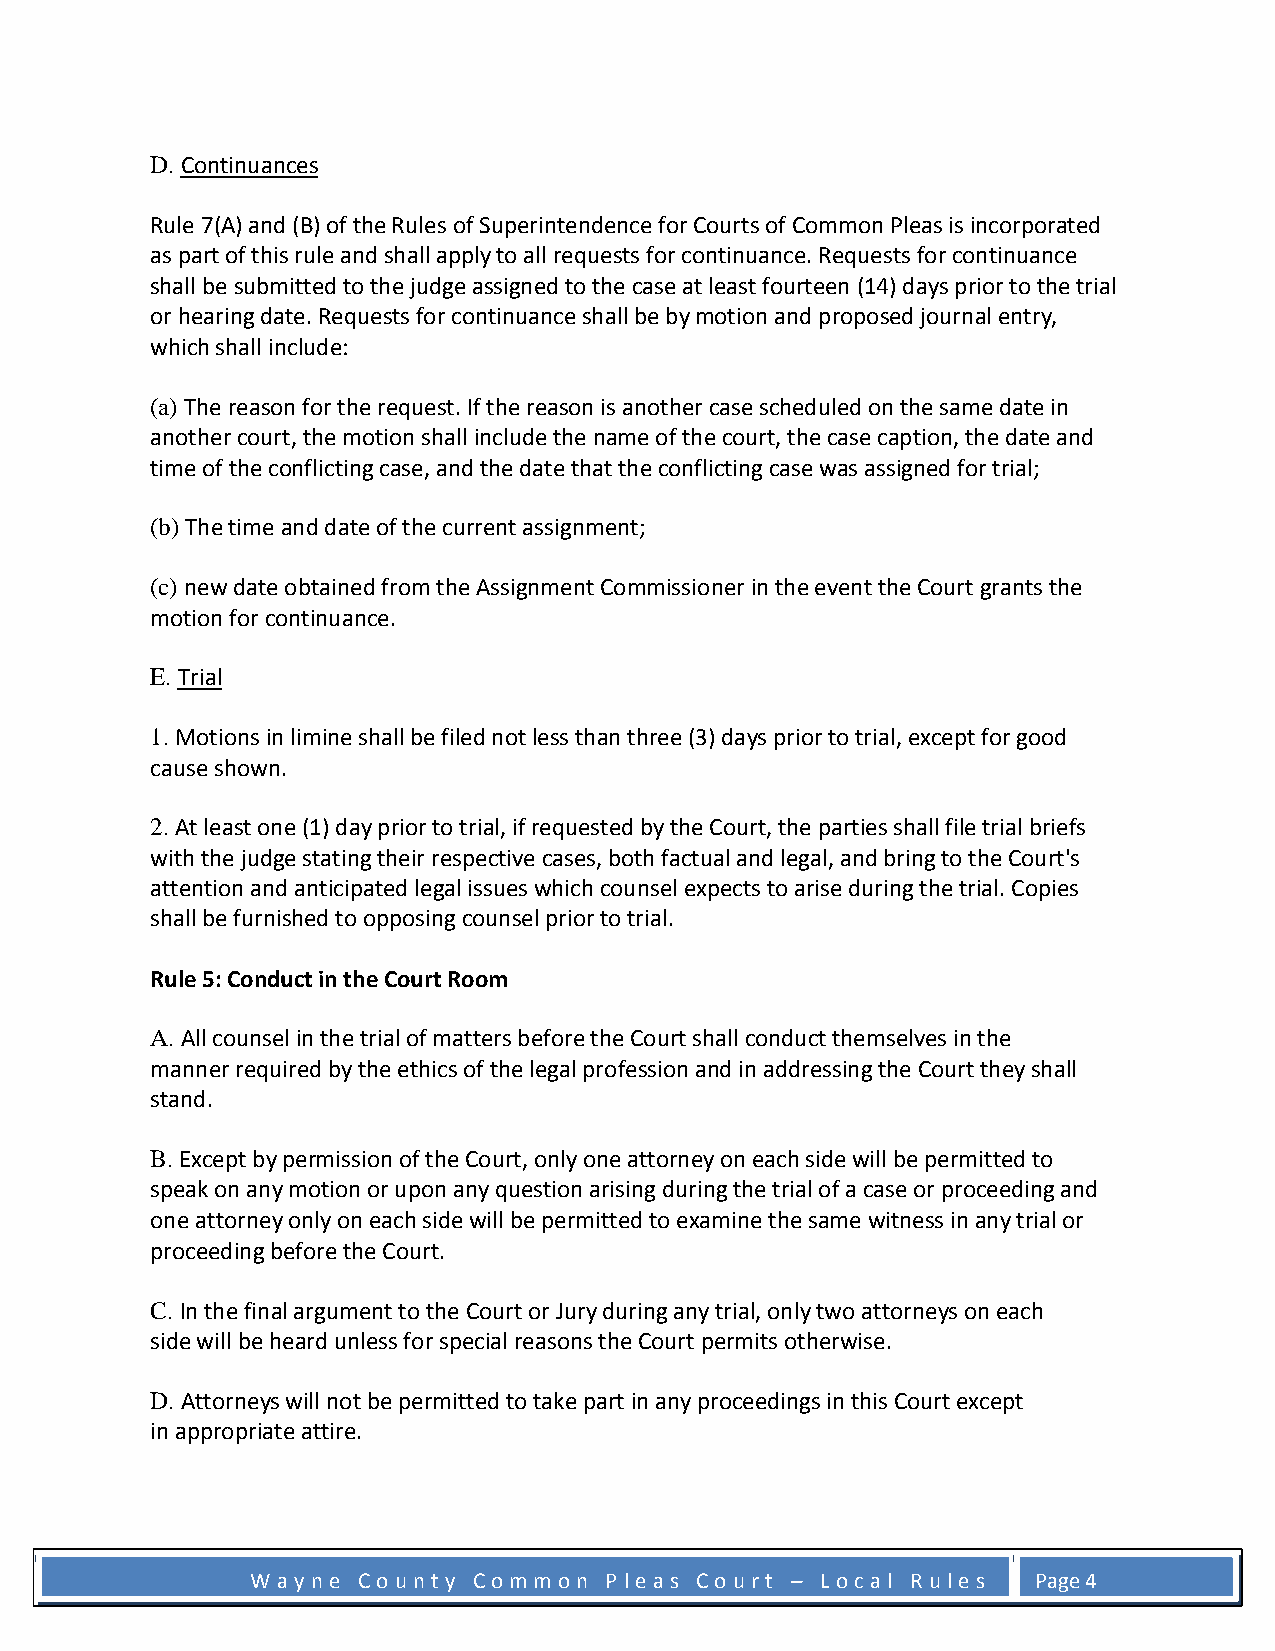
D. Continuances
 Rule 7(A) and (B) of the Rules of Superintendence for Courts of Common Pleas is incorporated
 as part of this rule and shall apply to all requests for continuance. Requests for continuance
 shall be submitted to the judge assigned to the case at least fourteen (14) days prior to the trial
 or hearing date. Requests for continuance shall be by motion and proposed journal entry,
 which shall include:
 (a) The reason for the request. If the reason is another case scheduled on the same date in
 another court, the motion shall include the name of the court, the case caption, the date and
 time of the conflicting case, and the date that the conflicting case was assigned for trial;
 (b) The time and date of the current assignment;
 (c) new date obtained from the Assignment Commissioner in the event the Court grants the
 motion for continuance.
 E. Trial
 1. Motions in limine shall be filed not less than three (3) days prior to trial, except for good
 cause shown.
 2. At least one (1) day prior to trial, if requested by the Court, the parties shall file trial briefs
 with the judge stating their respective cases, both factual and legal, and bring to the Court's
 attention and anticipated legal issues which counsel expects to arise during the trial. Copies
 shall be furnished to opposing counsel prior to trial.
 Rule 5: Conduct in the Court Room
 A. All counsel in the trial of matters before the Court shall conduct themselves in the
 manner required by the ethics of the legal profession and in addressing the Court they shall
 stand.
 B. Except by permission of the Court, only one attorney on each side will be permitted to
 speak on any motion or upon any question arising during the trial of a case or proceeding and
 one attorney only on each side will be permitted to examine the same witness in any trial or
 proceeding before the Court.
 C. In the final argument to the Court or Jury during any trial, only two attorneys on each
 side will be heard unless for special reasons the Court permits otherwise.
 D. Attorneys will not be permitted to take part in any proceedings in this Court except
 in appropriate attire.
 W a y n e C o u n t y C o m m o n P l e a s C o u r t – L o c a l R u l e s Page 4